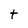
Character: t